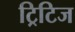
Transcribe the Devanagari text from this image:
ट्रिटिज